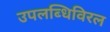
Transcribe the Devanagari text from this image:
उपलब्धिविरल